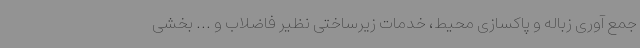
جمع آوری زباله و پاکسازی محیط، خدمات زیرساختی نظیر فاضلاب و ... بخشی